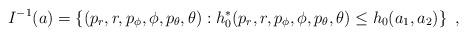
LaTeX: \begin{align*}I^{-1}(a)=\left\{(p_r,r,p_\phi,\phi,p_\theta,\theta) :h_0^*(p_r,r,p_\phi,\phi,p_\theta,\theta)\leq h_0(a_1,a_2) \right\}\ ,\end{align*}